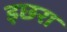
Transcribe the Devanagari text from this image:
इछरा